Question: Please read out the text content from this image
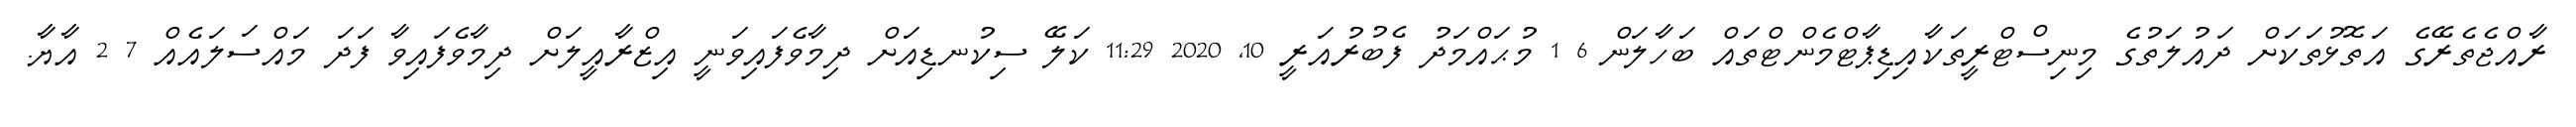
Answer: ރާއްޖެތެރޭގެ އަތޮޅުތަކަށް ދައުލަތުގެ މިނިސްޓްރީތަކާއިޑިޕާޓްމެންޓްތައް ބަހާލަން 6 1 މުޙައްމަދު ފެބުރުއަރީ 10, 2020 11:29 ކަލޭ ސިކުނޑިއަށް ދިމާވެފައިވަނީ އިޒްރާއީލަށް ދިމާވެފައިވާ ފަދަ މައްސަލައެއް 7 2 އާޔާ.